Report on sanitation, dispensaries, and jails in Rajputana for 1914, and on vaccination for the year 1914-1915 - 1914-1915
Year: 1914
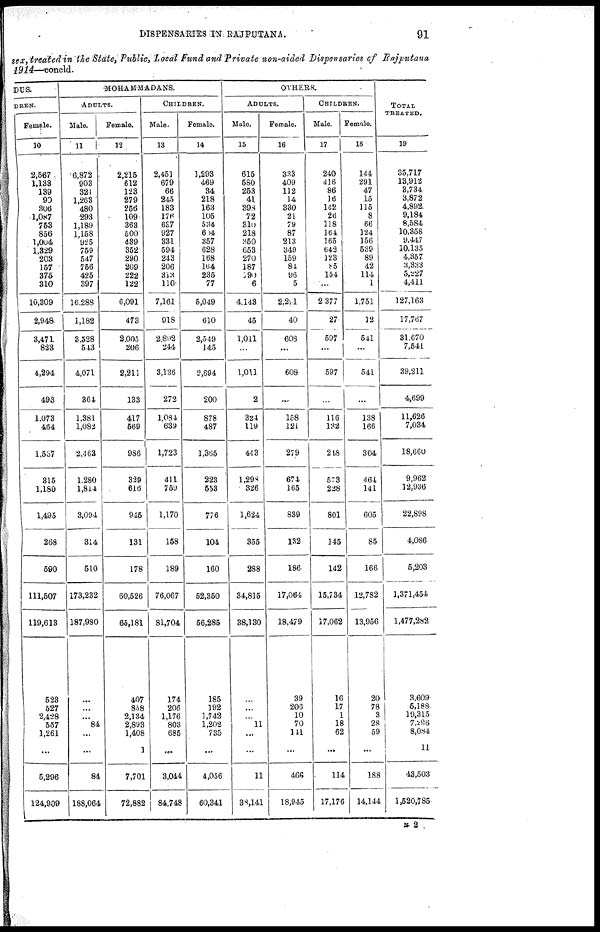
DISPENSARIES IN RAJPUTANA.
91
sex, treated in the State, Public, Local Fund and Private non-aided Dispensaries of Rajputana
1914—concld.
DUS.
DREN.
Female.
10
2,567
1,133
139
90
306
1,087
753
856
l,004
1,329
203
157
375
310
10,309
2,948
3,471
823
4,294
493
1,073
464
1,557
315
1,180
1,495
268
590
111,507
119,613
523
527
2,428
557
1,261
...
5,296
124,909
MOHAMMADANS.
ADULTS.
Male.
11
6,872
903
321
1,263
480
293
1,189
1,158
925
759
547
756
425
397
16,288
1,182
3,528
543
4,071
364
1,381
1,082
2,463
1,280
1,814
3,094
314
510
173,232
187,980
...
...
...
84
...
...
84
188,064
Female.
12
2,215
612
123
279
256
109
363
500
439
352
290
209
222
122
6,091
473
2,005
206
2,211
133
417
569
986
329
616
945
131
178
60,526
65,181
407
858
2,134
2,893
1,408
1
7,701
72,882
CHILDREN.
Male.
13
2,451
679
66
245
183
176
637
927
331
594
243
206
313
110
7,161
918
2,892
244
3,136
272
1,084
639
1,723
411
759
1,170
158
189
76,067
81,704
174
206
1,176
803
685
...
3,044
84,748
Female.
14
1,293
469
34
218
163
105
534
604
357
628
168
164
235
77
5,049
610
2,549
145
2,694
200
878
487
1,365
223
553
776
104
160
52,350
56,285
185
192
1,742
1,202
735
...
4,056
60,341
OTHERS.
ADULTS.
Male.
15
615
580
253
41
393
72
310
218
350
653
270
187
190
6
4,148
45
1,011
...
1,011
2
324
119
443
1,298
326
1,624
355
288
34,815
38,130
...
...
...
11
...
...
11
38,141
Female.
16
333
409
112
14
330
21
79
87
213
349
159
84
96
5
2,291
40
608
...
608
...
158
121
279
674
165
839
132
186
17,064
18,479
39
206
10
70
111
...
466
18,945
CHILDREN.
Male.
17
240
416
86
16
142
26
118
164
165
642
123
85
154
...
2,377
27
597
...
597
...
116
132
218
573
228
801
145
142
15,734
17,062
16
17
1
18
62
...
114
17,176
Female.
18
144
291
47
15
115
8
66
124
156
539
89
42
114
1
1,751
12
541
...
541
...
138
166
304
464
141
605
85
166
12,782
13,956
20
78
3
28
59
...
188
14,144
TOTAL
TREATED.
19
35,717
13,912
3,734
3,872
4,892
9,184
8,584
10,358
9,447
10,135
4,357
3,833
5,227
4,411
127,163
17,767
31,670
7,541
39,211
4,699
11,626
7,034
18,660
9,962
12,936
22,898
4,086
5,203
1,371,454
1,477,282
3,609
5,188
19,315
7,296
8,084
11
43,503
1,520,785
N 2